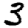
Digit: 3